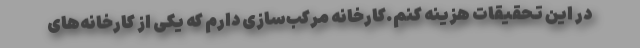
در این تحقیقات هزینه کنم.کارخانه مرکب‌سازی دارم که یکی از کارخانه‌های